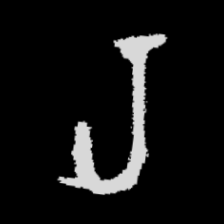
Pyu character \u2014 Myanmar letter: ရ (romanized: ra)